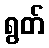
ရွတ်